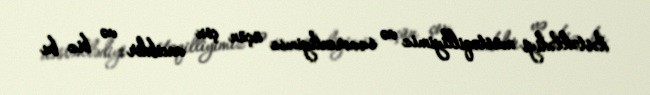
dəstəklədiyi müstəqilliyimiz və suverenliyimiz üçün çox vacibdir və biz bu